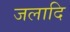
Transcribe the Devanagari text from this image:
जलादि